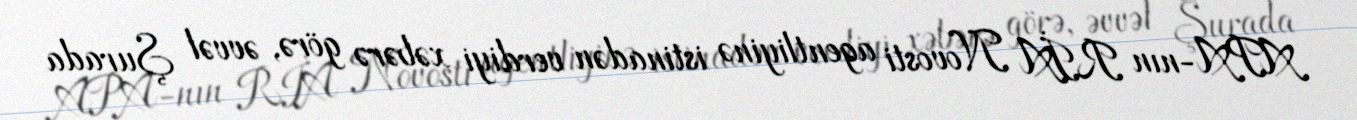
APA-nın RİA Novosti agentliyinə istinadən verdiyi xəbərə görə, əvvəl Şurada